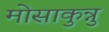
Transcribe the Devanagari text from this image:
मोसाकुन्नु